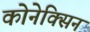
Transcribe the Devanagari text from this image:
कोनेक्सिन